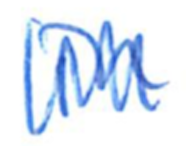
Text: in
Cross-out: zig-zag
Writing tool: ballpoint